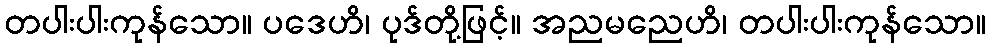
တပါးပါးကုန်သော။ ပဒေဟိ၊ ပုဒ်တို့ဖြင့်။ အညမညေဟိ၊ တပါးပါးကုန်သော။